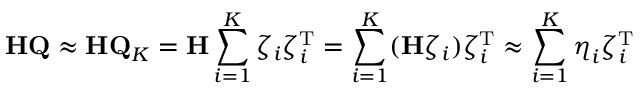
\mathbf { H Q } \approx \mathbf { H Q } _ { K } = \mathbf { H } \sum _ { i = 1 } ^ { K } \zeta _ { i } \zeta _ { i } ^ { \mathrm { T } } = \sum _ { i = 1 } ^ { K } ( \mathbf { H } \zeta _ { i } ) \zeta _ { i } ^ { \mathrm { T } } \approx \sum _ { i = 1 } ^ { K } \boldsymbol { \eta } _ { i } \zeta _ { i } ^ { \mathrm { T } }